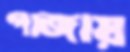
গাজায়